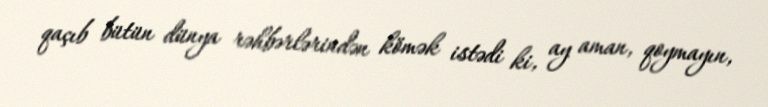
qaçıb bütün dünya rəhbərlərindən kömək istədi ki, ay aman, qoymayın,